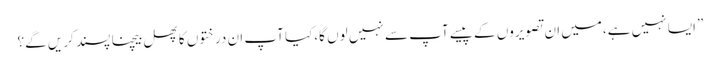
”ایسا نہیں ہے،میں ان تصویروں کے پیسے آپ سے نہیں لوں گا،کیا آپ ان درختوں کا پھل بیچنا پسند کریں گے؟